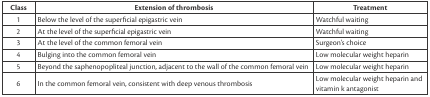
<table><thead><tr><td><b>Class</b></td><td><b>Extension of thrombosis</b></td><td><b>Treatment</b></td></tr></thead><tbody><tr><td>1</td><td>Below the level of the superficial epigastric vein</td><td>Watchful waiting</td></tr><tr><td>2</td><td>At the level of the superficial epigastric vein</td><td>Watchful waiting</td></tr><tr><td>3</td><td>At the level of the common femoral vein</td><td>Surgeon’s choice</td></tr><tr><td>4</td><td>Bulging into the common femoral vein</td><td>Low molecular weight heparin</td></tr><tr><td>5</td><td>Beyond the saphenopopliteal junction, adjacent to the wall of the common femoral vein</td><td>Low molecular weight heparin</td></tr><tr><td>6</td><td>In the common femoral vein, consistent with deep venous thrombosis</td><td>Low molecular weight heparin and vitamin k antagonist</td></tr></tbody></table>